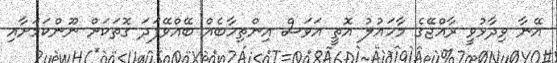
އޭނާ ވިދާޅުވީ ރާއްޖޭގެ މާހައުލު އޮތީ އަވަސް އިންތިހާބެއް ބޭއްވޭފަދަ ގޮތަކަށް ނޫންކަމަށާއި